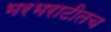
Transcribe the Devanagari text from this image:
भरभराटीतच